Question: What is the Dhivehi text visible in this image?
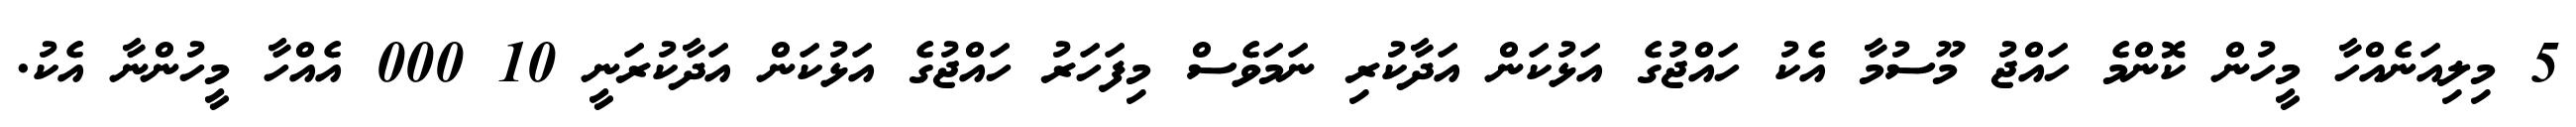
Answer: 5 މިލިއަނެއްހާ މީހުން ކޮންމެ ހައްޖު މޫސުމާ އެކު ހައްޖުގެ އަޅުކަން އަދާކުރި ނަމަވެސް މިފަހަރު ހައްޖުގެ އަޅުކަން އަދާކުރަނީ 10 000 އެއްހާ މީހުންނާ އެކު.